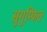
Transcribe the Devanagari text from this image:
सुगुम्फित